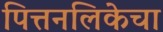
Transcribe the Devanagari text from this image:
पित्तनलिकेचा